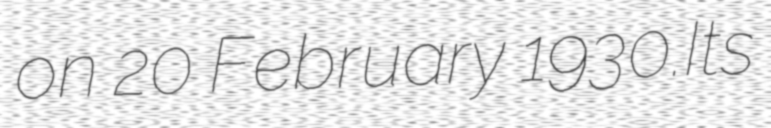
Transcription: on 20 February 1930.Its